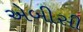
એબીસી